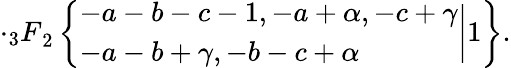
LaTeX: \cdot{_3F}_{2}\left\{ \begin{array}{l}{{-a-b-c-1,-a+\alpha,-c+\gamma}}\\ {{-a-b+\gamma,-b-c+\alpha}}\end{array}\biggr|1\right\} .